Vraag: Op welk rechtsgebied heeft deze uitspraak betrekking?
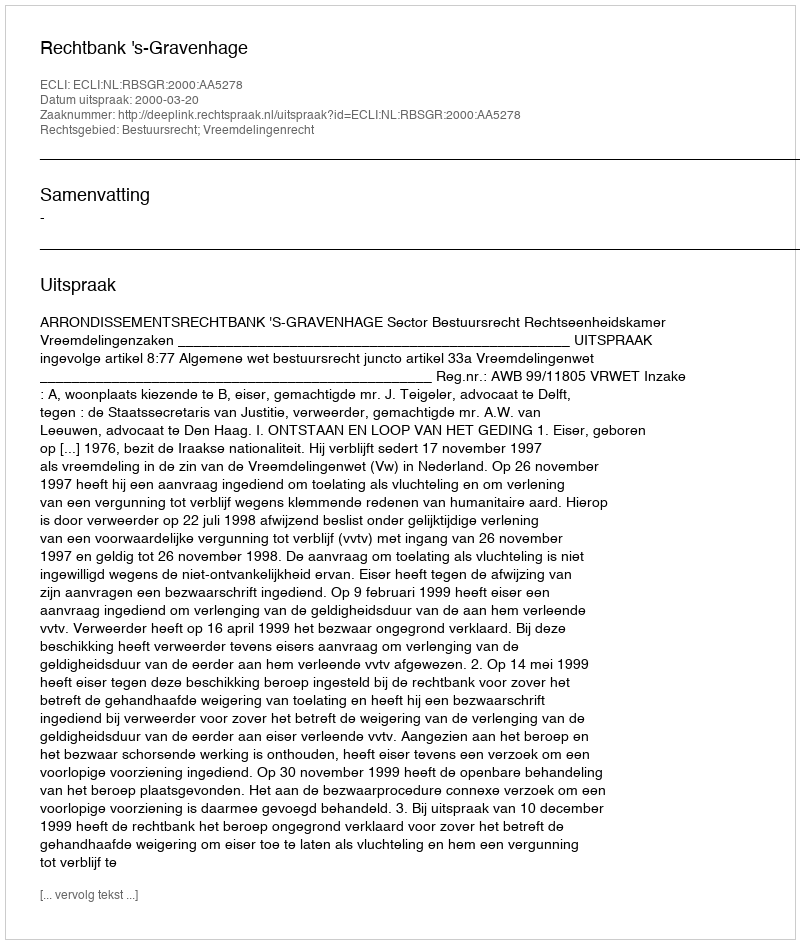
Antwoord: Bestuursrecht; Vreemdelingenrecht